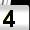
Digit: 4